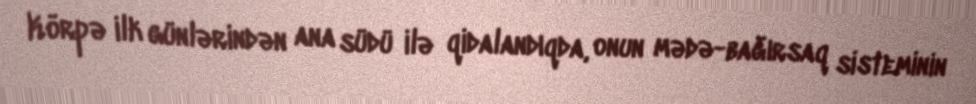
Körpə ilk günlərindən ana südü ilə qidalandıqda, onun mədə-bağırsaq sisteminin